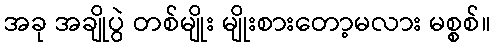
အခု အချိုပွဲ တစ်မျိုး မျိုးစားတော့မလား မစ္စစ်။